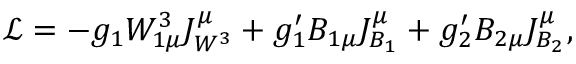
\mathcal { L } = - g _ { 1 } W _ { 1 \mu } ^ { 3 } J _ { W ^ { 3 } } ^ { \mu } + g _ { 1 } ^ { \prime } B _ { 1 \mu } J _ { B _ { 1 } } ^ { \mu } + g _ { 2 } ^ { \prime } B _ { 2 \mu } J _ { B _ { 2 } } ^ { \mu } ,